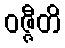
ဝဇ္ဇီတိ